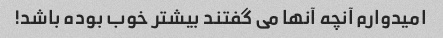
امیدوارم آنچه آنها می گفتند بیشتر خوب بوده باشد!